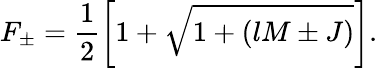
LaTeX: F_{\pm}=\frac{1}{2}\left[1+\sqrt{1+(lM\pm J)}\right].